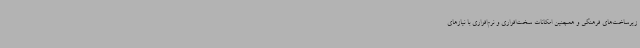
زیرساخت‌های فرهنگی و همچنین امکانات سخت‌افزاری و نرم‌افزاری با نیازهای